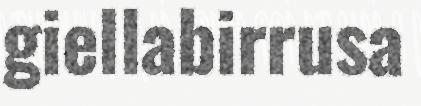
giellabirrusa